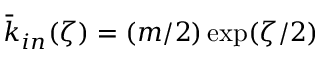
\bar { k } _ { i n } ( \zeta ) = ( m / 2 ) \exp ( \zeta / 2 )